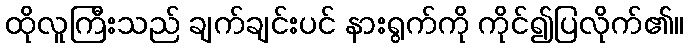
ထိုလူကြီးသည် ချက်ချင်းပင် နားရွက်ကို ကိုင်၍ပြလိုက်၏။